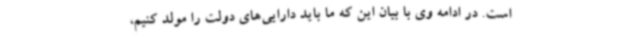
است. در ادامه وی با بیان این که ما باید دارایی‌های دولت را مولد کنیم،